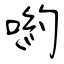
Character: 喲